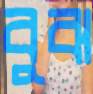
বুঝ